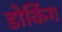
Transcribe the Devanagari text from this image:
डोर्किग